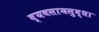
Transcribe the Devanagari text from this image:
व्यवसायसुद्धा